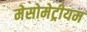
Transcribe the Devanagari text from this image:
मेसोमेट्रीयम